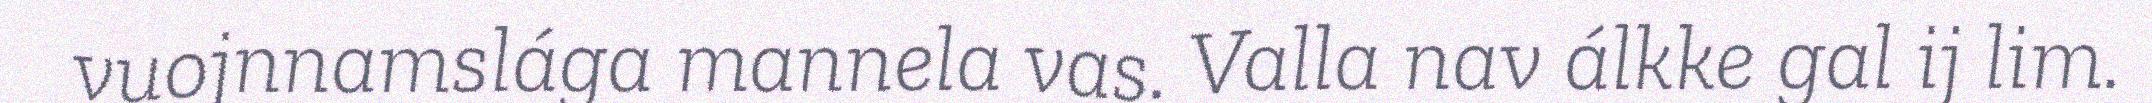
vuojnnamslága mannela vas. Valla nav álkke gal ij lim.